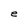
Character: e